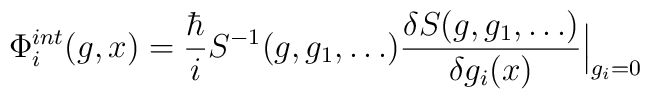
\Phi_{i}^{int}(g,x) = {\hbar \over i}S^{-1}(g,g_1, \ldots) \frac{\delta S(g,g_1,\ldots)}{ \delta g_i(x)} \Big|_{g_i=0}